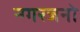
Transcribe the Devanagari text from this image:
नगरजनो